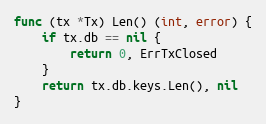
Language: Go
func (tx *Tx) Len() (int, error) {
	if tx.db == nil {
		return 0, ErrTxClosed
	}
	return tx.db.keys.Len(), nil
}